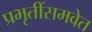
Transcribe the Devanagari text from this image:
प्रभृतींसमवेत